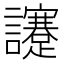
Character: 𧮈